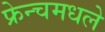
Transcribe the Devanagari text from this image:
फ्रेन्चमधले